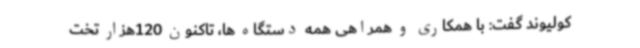
کولیوند گفت: با همکاری و همراهی همه دستگاه ها، تاکنون 120هزار تخت